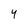
Character: 4